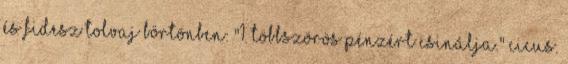
ÉS FIDESZ TOLVAJ BÖRTÖNBEN: "1. Többszörös pénzért csinálja." Cicus.